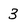
Character: 3